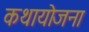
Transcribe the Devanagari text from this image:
कथायोजना